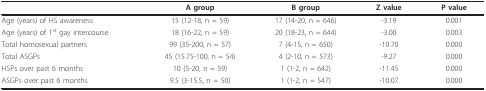
|  | A group | B group | Z value | P value |
 | --- | --- | --- | --- | --- |
 | Age (years) of HS awareness | 15 (12-18, n = 59) | 17 (14-20, n = 646) | -3.19 | 0.001 |
 | Age (years) of 1st gay intercourse | 18 (16-22, n = 59) | 20 (18-23, n = 644) | -3.00 | 0.003 |
 | Total homosexual partners | 99 (35-200, n = 57) | 7 (4-15, n = 650) | -10.70 | 0.000 |
 | Total ASGPs | 45 (15.75-100, n = 54) | 4 (2-10, n = 573) | -9.27 | 0.000 |
 | HSPs over past 6 months | 10 (5-20, n = 59) | 1 (1-2, n = 642) | -11.45 | 0.000 |
 | ASGPs over past 6 months | 9.5 (3-15.5, n = 50) | 1 (1-2, n = 547) | -10.07 | 0.000 |